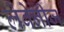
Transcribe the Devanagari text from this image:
लेबेनीज